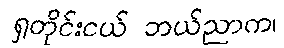
ရှတိုင်းငယ် ဘယ်ညာက၊